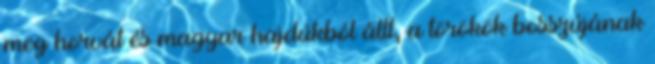
meg horvát és magyar hajdúkból állt, a törökök bosszújának